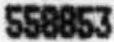
558853